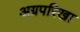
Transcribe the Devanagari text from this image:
अग्रपरिखा